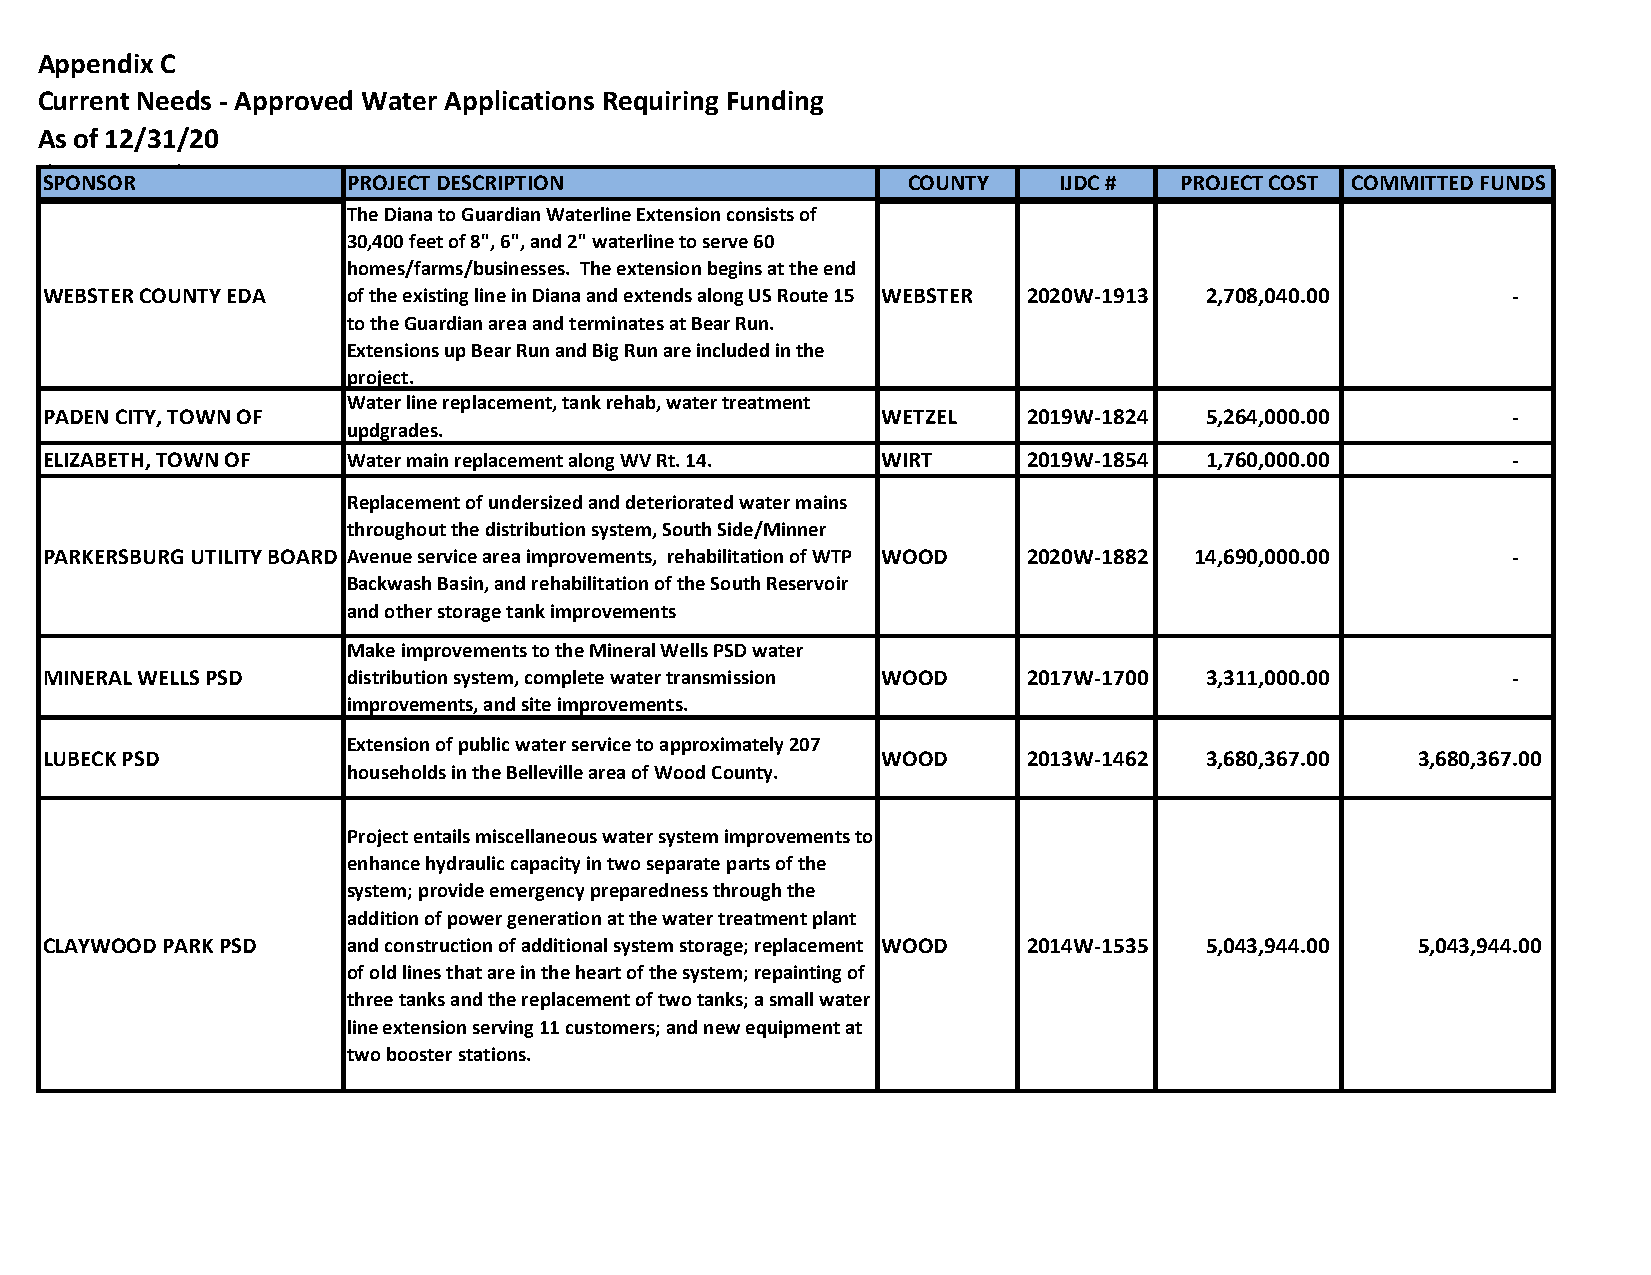
Appendix C
 Current Needs - Approved Water Applications Requiring Funding
 As of 12/31/20
 (By County)
 SPONSOR             PROJECT DESCRIPTION                  COUNTY    IJDC #  PROJECT COST COMMITTED FUNDS
 The Diana to Guardian Waterline Extension consists of
 30,400 feet of 8", 6", and 2" waterline to serve 60
 homes/farms/businesses. The extension begins at the end
 WEBSTER COUNTY EDA  of the existing line in Diana and extends along US Route 15 WEBSTER 2020W-1913 2 ,708,040.00 -
 to the Guardian area and terminates at Bear Run.
 Extensions up Bear Run and Big Run are included in the
 project.
 Water line replacement, tank rehab, water treatment
 PADEN CITY, TOWN OF                                    WETZEL    2019W-1824  5 ,264,000.00       -
 updgrades.
 ELIZABETH, TOWN OF  Water main replacement along WV Rt. 14. WIRT 2019W-1854  1 ,760,000.00       -
 Replacement of undersized and deteriorated water mains
 throughout the distribution system, South Side/Minner
 PARKERSBURG UTILITY BOARD Avenue service area improvements, rehabilitation of WTP WOOD 2020W-1882 1 4,690,000.00 -
 Backwash Basin, and rehabilitation of the South Reservoir
 and other storage tank improvements
 Make improvements to the Mineral Wells PSD water
 MINERAL WELLS PSD   distribution system, complete water transmission WOOD 2017W-1700 3 ,311,000.00 -
 improvements, and site improvements.
 Extension of public water service to approximately 207
 LUBECK PSD                                             WOOD      2013W-1462  3 ,680,367.00 3 ,680,367.00
 households in the Belleville area of Wood County.
 Project entails miscellaneous water system improvements to
 enhance hydraulic capacity in two separate parts of the
 system; provide emergency preparedness through the
 addition of power generation at the water treatment plant
 CLAYWOOD PARK PSD   and construction of additional system storage; replacement WOOD 2014W-1535 5,043,944.00 5,043,944.00
 of old lines that are in the heart of the system; repainting of
 three tanks and the replacement of two tanks; a small water
 line extension serving 11 customers; and new equipment at
 two booster stations.